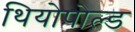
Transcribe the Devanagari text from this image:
थियोपोल्ड